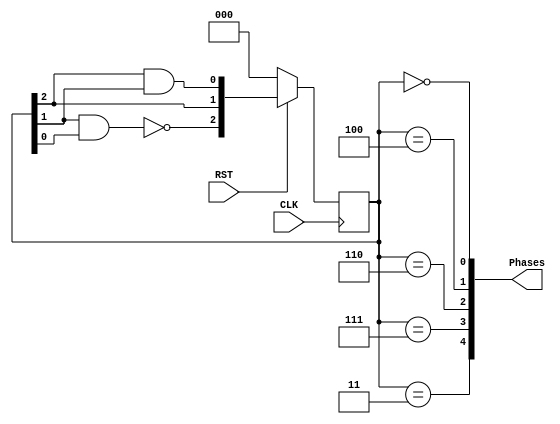
module FivePhaseClock(Phases, RST, CLK);
	input RST, CLK;
	output wire [4:0] Phases;

	reg [2:0] ps;
	wire [2:0] ns;

	assign ns[2] = ~(ps[1] & ps[0]);
	assign ns[1] = ps[2];
	assign ns[0] = ps[2] & ps[1];	

	assign Phases[0] = (ps == 3'b000);
	assign Phases[1] = (ps == 3'b100);
	assign Phases[2] = (ps == 3'b110);
	assign Phases[3] = (ps == 3'b111);
	assign Phases[4] = (ps == 3'b011);

	always@(posedge CLK)
		if(!RST)
			ps <= 3'b000;
		else
			ps <= ns;
endmodule